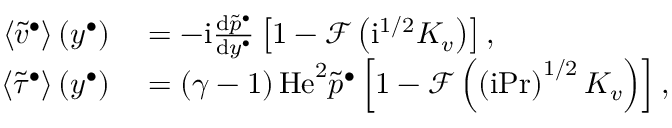
\begin{array} { r l } { \left\langle { \widetilde { v } ^ { \bullet } } \right\rangle \left( y ^ { \bullet } \right) } & { { } = - \mathrm { i } \frac { \mathrm { d } \widetilde { p } ^ { \bullet } } { \mathrm { d } y ^ { \bullet } } \left[ 1 - \mathcal { F } \left( \mathrm { i } ^ { 1 / 2 } K _ { v } \right) \right] , } \\ { \left\langle { \widetilde { \tau } ^ { \bullet } } \right\rangle \left( y ^ { \bullet } \right) } & { { } = \left( \gamma - 1 \right) \mathrm { H e } ^ { 2 } \widetilde { p } ^ { \bullet } \left[ 1 - \mathcal { F } \left( \left( \mathrm { i } \mathrm { P r } \right) ^ { 1 / 2 } K _ { v } \right) \right] , } \end{array}